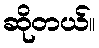
ဆိုတယ်။